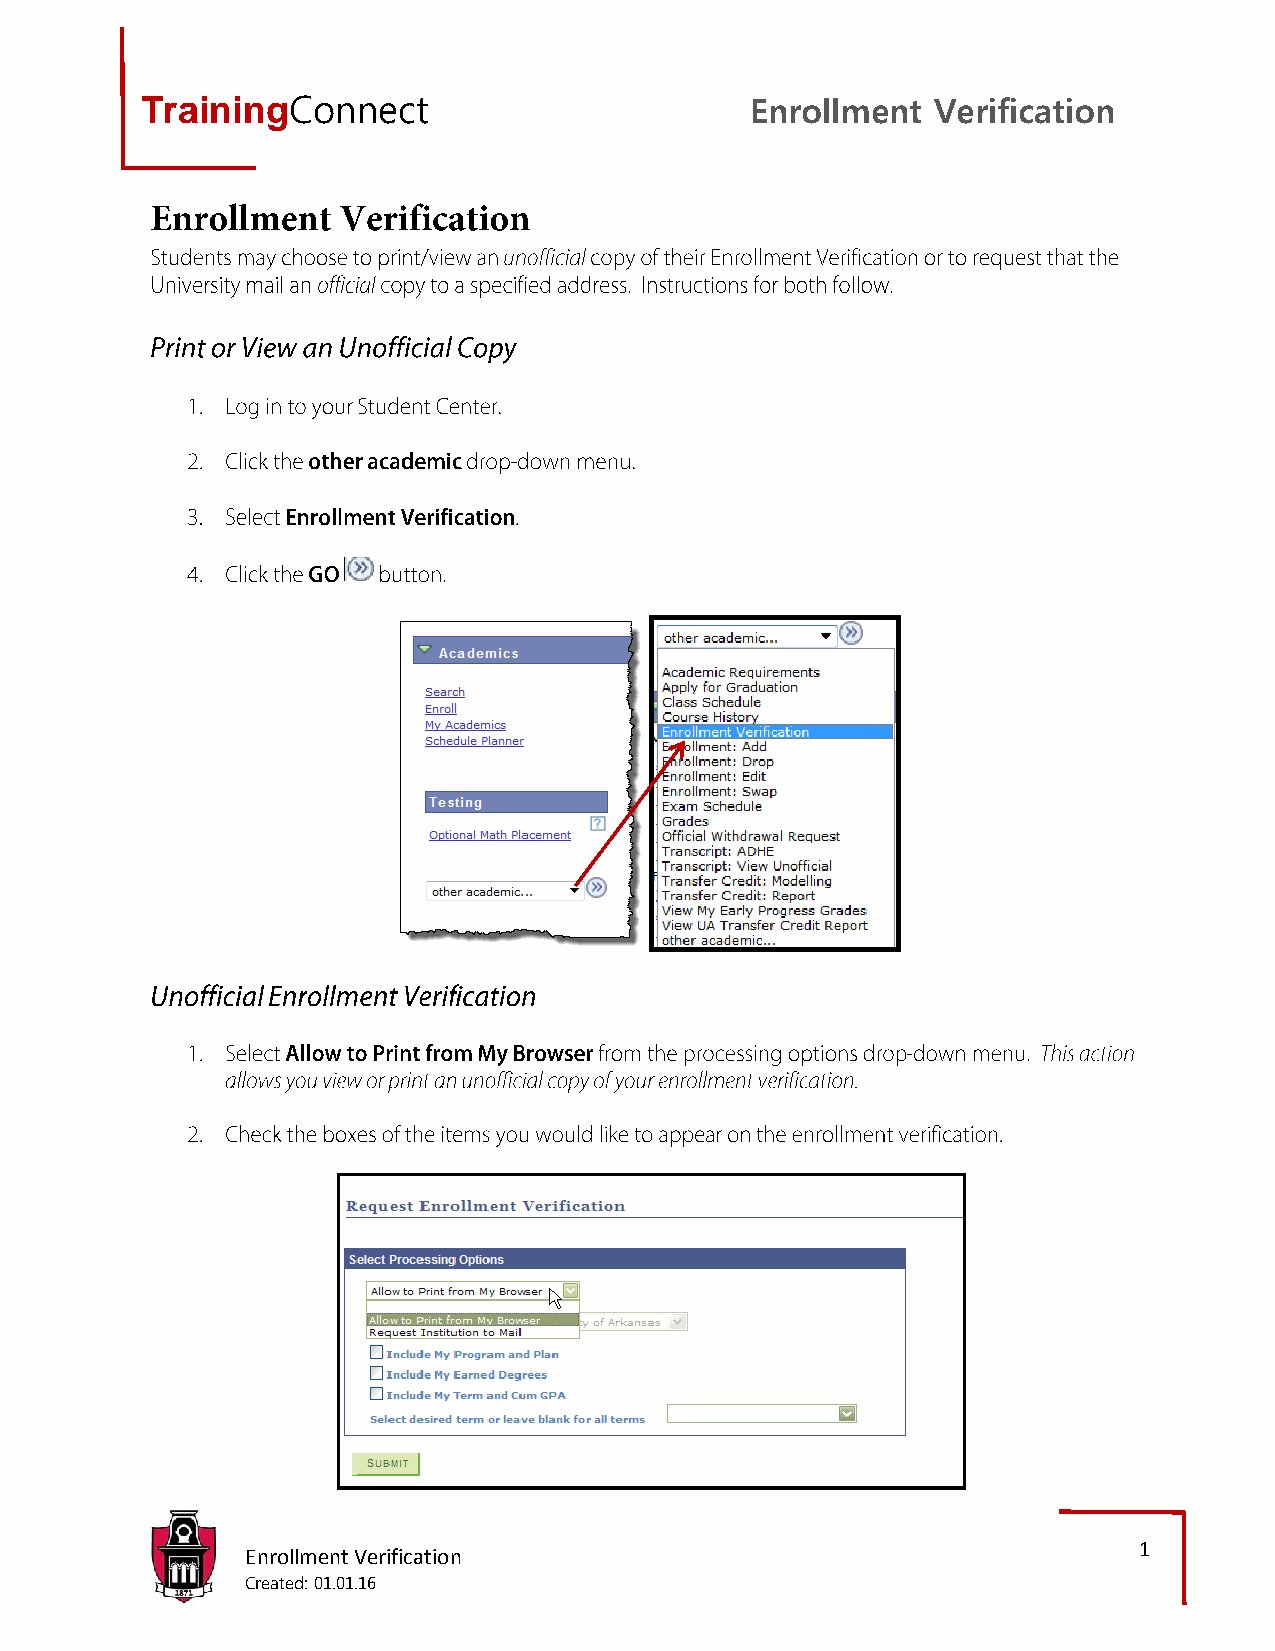
TrainingConnect                          Enrollment  Verification
 1
 Enrollment Verification
 Created: 01.01.16